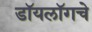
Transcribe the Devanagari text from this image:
डॉयलॉगचे